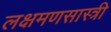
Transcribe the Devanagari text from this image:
लक्षमणसास्त्री